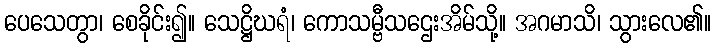
ပေသေတွာ၊ စေခိုင်း၍။ သေဋ္ဌိဃရံ၊ ကောသမ္ဗီသဌေးအိမ်သို့။ အဂမာသိ၊ သွားလေ၏။